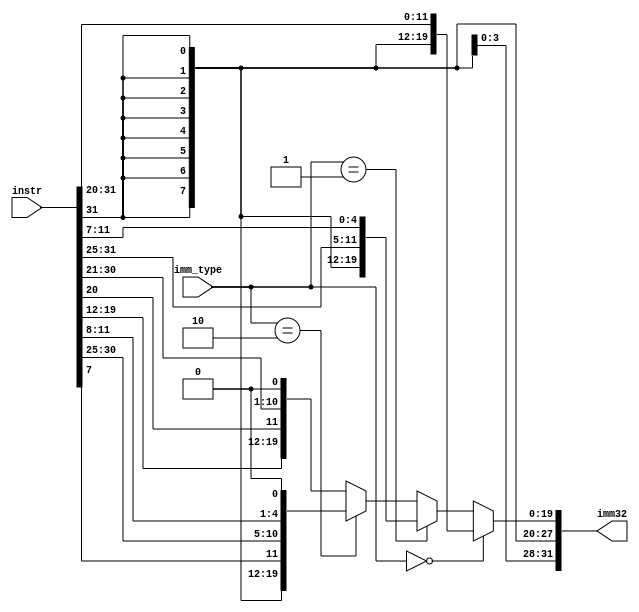
// This program was cloned from: https://github.com/RustamSubkhankulov/verilog-labs
// License: MIT License

module imm(
  
  /* Current instruction encoding */
  input wire [31:0]instr,

  /* Type of immidiate arg encoded in instruction */
  input wire [1:0]imm_type,

  /* Output 32-bit sign extended imm */
  output wire [31:0]imm32 
);

assign imm32 = /* I */ (imm_type == 2'h0)? 
                {{20{instr[31]}},instr[31:20]} :

               /* S */ (imm_type == 2'h1)? 
                {{20{instr[31]}},instr[31:25],instr[11:7]} :

               /* B */ (imm_type == 2'h2)? 
                {{20{instr[31]}},instr[7],instr[30:25],instr[11:8],1'b0} :

               /* J    (imm_type == 2'h3) */ 
                {{13{instr[31]}},instr[19:12],instr[20],instr[30:21],1'b0}; 

endmodule